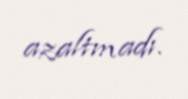
azaltmadı.